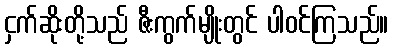
ငှက်ဆိုးတို့သည် ဇီးကွက်မျိုးတွင် ပါဝင်ကြသည်။